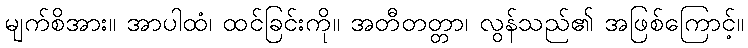
မျက်စိအား။ အာပါထံ၊ ထင်ခြင်းကို။ အတီတတ္တာ၊ လွန်သည်၏ အဖြစ်ကြောင့်။